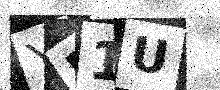
Text: YB1U